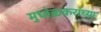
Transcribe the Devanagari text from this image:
मुधोळकरांच्या